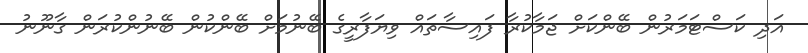
އަދި ކަސްޓަމަރުން ބޭންކަށް ޖަމާކުރާ ފައިސާތައް ވިޔަފާރީގެ ބޭނުމަށް ބޭންކުން ބޭނުންކުރަން ގާނޫނު